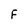
Character: F